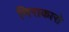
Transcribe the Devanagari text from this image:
निराकारो